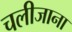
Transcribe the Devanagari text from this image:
चलीजाना